Civil Veterinary Department. Madras. Admin. report 1926-33 - 1926-1933
Year: 1926
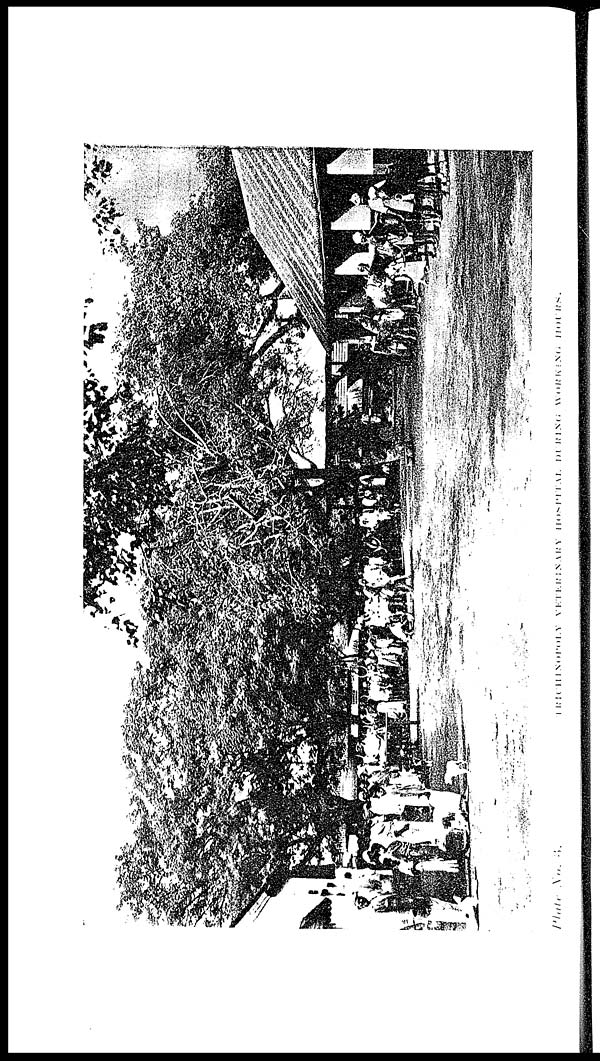
Plate No. 3. TRICHINOPOLY VETERINRY HOSPITAL DURING WORKING HOURS.